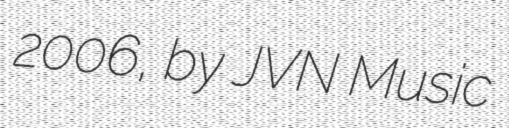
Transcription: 2006, by JVN Music